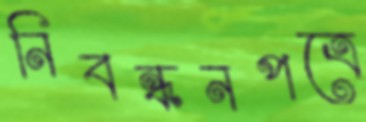
নিবন্ধনপত্রে